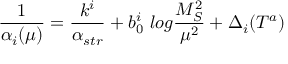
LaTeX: \frac { 1 } { \alpha _ { i } ( \mu ) } = \frac { k ^ { i } } { \alpha _ { s t r } } + b _ { 0 } ^ { i } ~ l o g \frac { M _ { S } ^ { 2 } } { \mu ^ { 2 } } + \Delta _ { i } ( T ^ { a } )